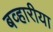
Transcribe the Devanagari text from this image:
बव्हारीया